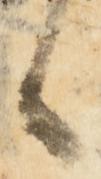
々